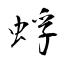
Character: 蜉